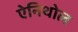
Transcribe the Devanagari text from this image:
ऐनिथोल